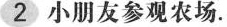
2小朋友参观农场.